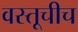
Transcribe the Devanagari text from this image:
वस्तूचीच